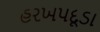
હરખપદૂડા